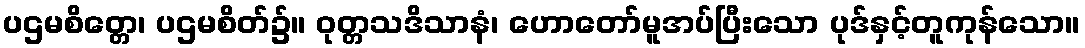
ပဌမစိတ္တေ၊ ပဌမစိတ်၌။ ဝုတ္တသဒိသာနံ၊ ဟောတော်မူအပ်ပြီးသော ပုဒ်နှင့်တူကုန်သော။